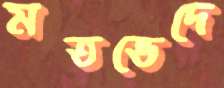
মতভেদে